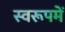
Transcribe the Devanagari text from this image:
स्वरूपमें